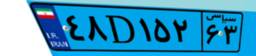
۴۸D۱۵۲۶۳